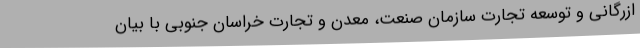
ازرگانی و توسعه تجارت سازمان صنعت، معدن و تجارت خراسان جنوبی با بیان